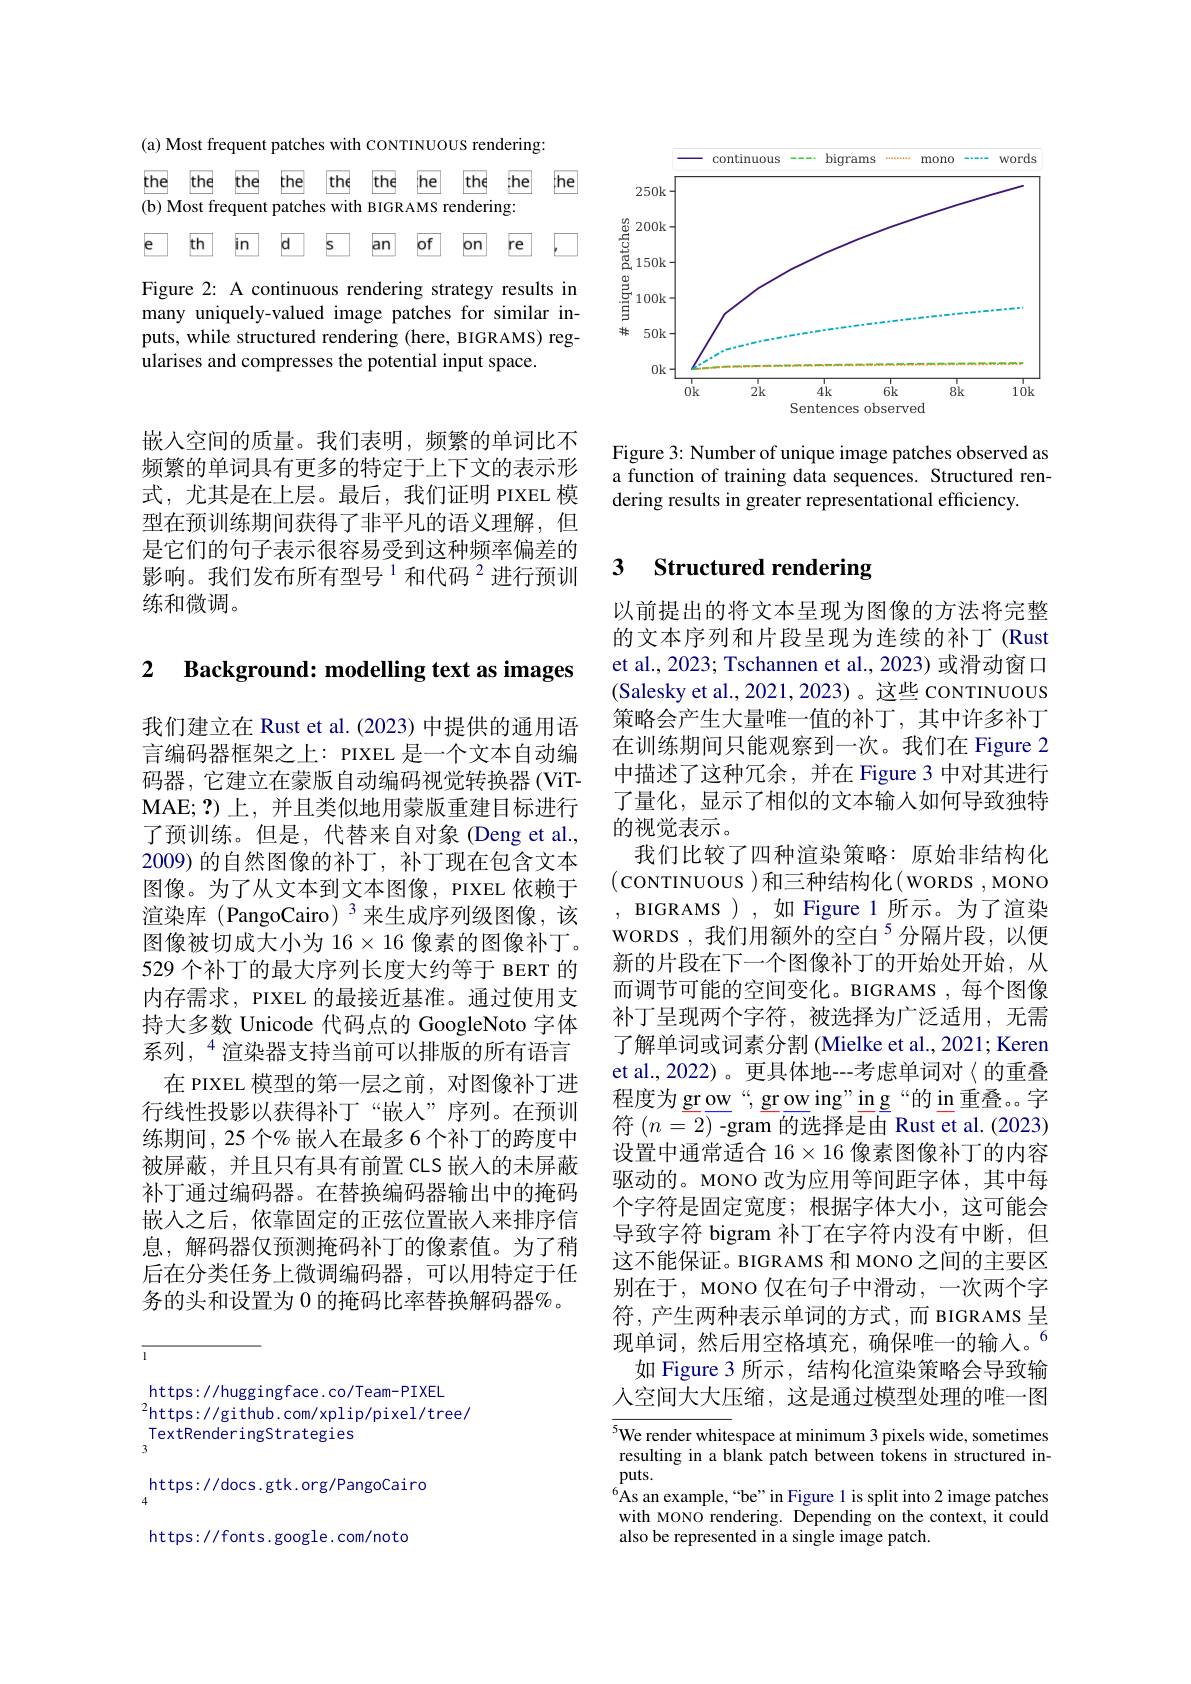
嵌入空间的质量。我们表明，频繁的单词比不频繁的单词具有更多的特定于上下文的表示形式，尤其是在上层。最后，我们证明 PIXEL 模型在预训练期间获得了非平凡的语义理解，但是它们的句子表示很容易受到这种频率偏差的影响。我们发布所有型号$^{1}$和代码$^{2}$进行预训练和微调。

2 $\textbf{Background: modelling text as images}$

我们建立在 Rust et al.(2023)中提供的通用语言编码器框架之上：PIXEL 是一个文本自动编码器，它建立在蒙版自动编码视觉转换器(ViTMAE;?)上，并且类似地用蒙版重建目标进行了预训练。但是，代替来自对象(Deng et al., 2009) 的自然图像的补丁，补丁现在包含文本图像。为了从文本到文本图像，PIXEL 依赖于渲染库 (PangoCairo) $^3$来生成序列级图像，该图像被切成大小为 16$\times16$像素的图像补丁。529 个补丁的最大序列长度大约等于 BERT 的内存需求，PIXEL 的最接近基准。通过使用支持大多数 Unicode 代码点的 GoogleNoto 字体系列$,^{4}$渲染器支持当前可以排版的所有语言
在 PIXEL 模型的第一层之前，对图像补丁进行线性投影以获得补丁“嵌人”序列。在预训练期间，25 个% 嵌入在最多 6 个补丁的跨度中被屏蔽，并且只有具有前置 CLS 嵌入的未屏蔽补丁通过编码器。在替换编码器输出中的掩码嵌入之后，依靠固定的正弦位置嵌入来排序信息，解码器仅预测掩码补丁的像素值。为了稍后在分类任务上微调编码器，可以用特定于任务的头和设置为 0 的掩码比率替换解码器%。

<table>
	<tbody>
		<tr>
			<th>the</th>
			<th>the</th>
			<th>the</th>
			<th>the</th>
			<th>the</th>
			<th>the</th>
			<th>the</th>
			<th>the</th>
			<th>the</th>
			<th>the T T 1</th>
		</tr>
		<tr>
			<td>the</td>
			<td>the</td>
			<td>the</td>
			<td>the</td>
			<td>the</td>
			<td>the</td>
			<td>the</td>
			<td>the</td>
			<td>the</td>
			<td>the</td>
		</tr>
		<tr>
			<td>e </td>
			<td>th</td>
			<td>n</td>
			<td>$|d$</td>
			<td> s</td>
			<td>an</td>
			<td>lof</td>
			<td>lon</td>
			<td>re</td>
			<td> </td>
		</tr>
	</tbody>
</table>

Figure 2: A continuous rendering strategy results in many uniquely-valued image patches for similar inputs, while structured rendering (here, BIGRAMS) regularises and compresses the potential input space.

<FigureHere>

Figure 3: Number of unique image patches observed as a function of training data sequences. Structured rendering results in greater representational efficiency.

# 3 Structured rendering

以前提出的将文本呈现为图像的方法将完整的文本序列和片段呈现为连续的补丁(Rust et al., 2023; Tschannen et al., 2023) 或滑动窗口(Salesky et al., 2021, 2023)。这些 conTINUOUS 策略会产生大量唯一值的补丁，其中许多补丁在训练期间只能观察到一次。我们在 Figure 2中描述了这种冗余，并在 Figure 3 中对其进行了量化，显示了相似的文本输入如何导致独特的视觉表示。
我们比较了四种渲染策略：原始非结构化(conTINUOUS )和三种结构化(woRDS ,MONO , BIGRAMS ),如 Figure 1 所示。为了渲染WORDS ,我们用额外的空白$^{5}$分隔片段，以便新的片段在下一个图像补丁的开始处开始，从而调节可能的空间变化。BIGRAMS,每个图像补丁呈现两个字符，被选择为广泛适用，无需了解单词或词素分割 (Mielke et al., 2021; Keren et al.,2022)。更具体地---考虑单词对〈的重叠程度为 gr ow “, gr ow ing” in g“的 in 重叠。字符$(n=2)$ -gram 的选择是由 Rust et al. (2023) 设置中通常适合$16\times16$像素图像补丁的内容驱动的。MONO 改为应用等间距字体，其中每个字符是固定宽度；根据字体大小，这可能会导致字符 bigram 补丁在字符内没有中断，但这不能保证。BIGRAMS 和 MONO 之间的主要区别在于，MONO 仅在句子中滑动，一次两个字符，产生两种表示单词的方式，而 BIGRAMS 呈现单词，然后用空格填充，确保唯一的输入。$^{6}$
如 Figure 3 所示，结构化渲染策略会导致输人空间大大压缩，这是通过模型处理的唯一图

$^{5}$We render whitespace at minimum 3 pixels wide, sometimes resulting in a blank patch between tokens in structured in- $puts.$
$^{6}$As an example,“be”in Figure 1 is split into 2 image patches with MONO rendering. Depending on the context, it could also be represented in a single image patch.

https://huggingface.co/Team-PIXEL
$^{2}$https://github.com/xplip/pixel/tree/
TextRenderingStrategies
https: / / docs. g tk. org/ Pangocai ro https://fonts.google.com/noto